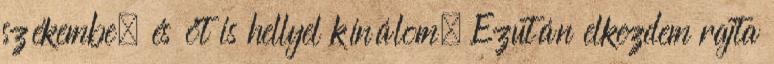
székembe, és őt is hellyel kínálom. Ezután elkezdem rajta